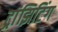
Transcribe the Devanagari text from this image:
ट्रांझिटिंग